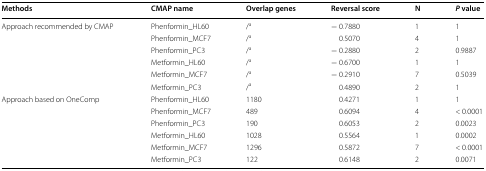
<table><thead><tr><td><b>Methods</b></td><td><b>CMAP name</b></td><td><b>Overlap genes</b></td><td><b>Reversal score</b></td><td><b>N</b></td><td><b><i>P</i> value</b></td></tr></thead><tbody><tr><td rowspan="6">Approach recommended by CMAP</td><td>Phenformin_HL60</td><td>/<sup>a</sup></td><td>− 0.7880</td><td>1</td><td>1</td></tr><tr><td>Phenformin_MCF7</td><td>/<sup>a</sup></td><td>0.5070</td><td>4</td><td>1</td></tr><tr><td>Phenformin_PC3</td><td>/<sup>a</sup></td><td>− 0.2880</td><td>2</td><td>0.9887</td></tr><tr><td>Metformin_HL60</td><td>/<sup>a</sup></td><td>− 0.6700</td><td>1</td><td>1</td></tr><tr><td>Metformin_MCF7</td><td>/<sup>a</sup></td><td>− 0.2910</td><td>7</td><td>0.5039</td></tr><tr><td>Metformin_PC3</td><td>/<sup>a</sup></td><td>0.4890</td><td>2</td><td>1</td></tr><tr><td rowspan="6">Approach based on OneComp</td><td>Phenformin_HL60</td><td>1180</td><td>0.4271</td><td>1</td><td>1</td></tr><tr><td>Phenformin_MCF7</td><td>489</td><td>0.6094</td><td>4</td><td>&lt; 0.0001</td></tr><tr><td>Phenformin_PC3</td><td>190</td><td>0.6053</td><td>2</td><td>0.0023</td></tr><tr><td>Metformin_HL60</td><td>1028</td><td>0.5564</td><td>1</td><td>0.0002</td></tr><tr><td>Metformin_MCF7</td><td>1296</td><td>0.5872</td><td>7</td><td>&lt; 0.0001</td></tr><tr><td>Metformin_PC3</td><td>122</td><td>0.6148</td><td>2</td><td>0.0071</td></tr></tbody></table>